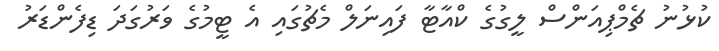
ކުޅުނު ޗެމްޕިއަންސް ލީގުގެ ކްއާޓާ ފައިނަލް މެޗުގައި އެ ޓީމުގެ ވަރުގަދަ ޑިފެންޑަރު